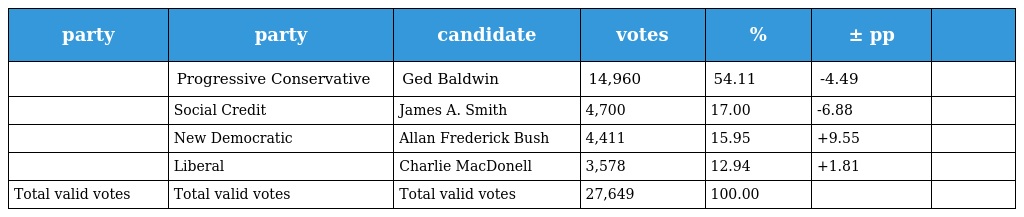
| party | party | candidate | votes | % | ± pp |  |
 | --- | --- | --- | --- | --- | --- | --- |
 |  | Progressive Conservative | Ged Baldwin | 14,960 | 54.11 | -4.49 |  |
 |  | Social Credit | James A. Smith | 4,700 | 17.00 | -6.88 |  |
 |  | New Democratic | Allan Frederick Bush | 4,411 | 15.95 | +9.55 |  |
 |  | Liberal | Charlie MacDonell | 3,578 | 12.94 | +1.81 |  |
 | Total valid votes | Total valid votes | Total valid votes | 27,649 | 100.00 |  |  |